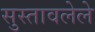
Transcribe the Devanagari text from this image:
सुस्तावलेले